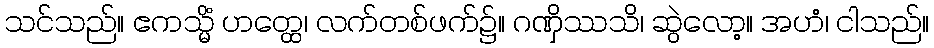
သင်သည်။ ဧကသ္မိံ ဟတ္ထေ၊ လက်တစ်ဖက်၌။ ဂဏှိဿသိ၊ ဆွဲလော့။ အဟံ၊ ငါသည်။